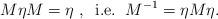
LaTeX: \begin{align*}M\eta M=\eta \; , \;\; {\rm i. e.} \; \; M^{-1} = \eta M \eta.\end{align*}